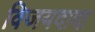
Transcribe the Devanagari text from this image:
विजयदादा